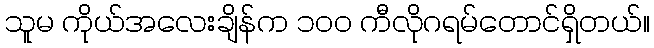
သူမ ကိုယ်အလေးချိန်က ၁၀၀ ကီလိုဂရမ်တောင်ရှိတယ်။